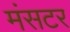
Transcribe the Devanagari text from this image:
मंसटर